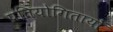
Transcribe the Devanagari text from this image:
प्रतियोगितायोँ